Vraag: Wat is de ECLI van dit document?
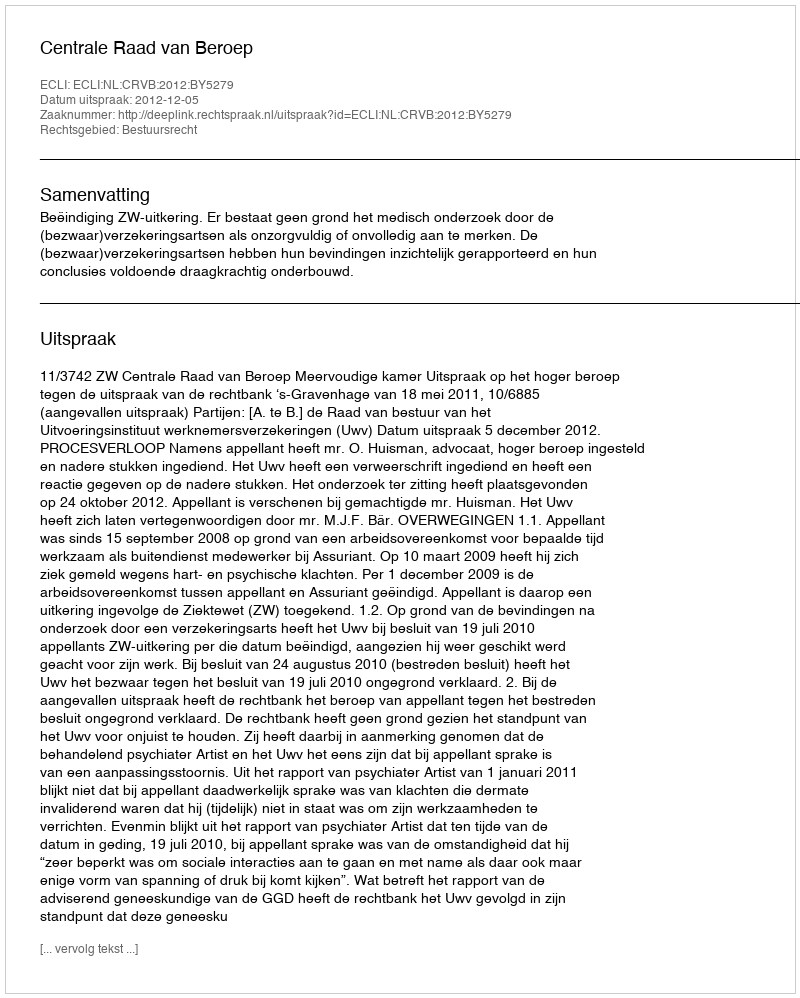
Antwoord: ECLI:NL:CRVB:2012:BY5279